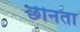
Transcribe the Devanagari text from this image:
छीनता